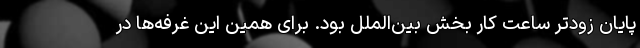
پایان زودتر ساعت کار بخش بین‌الملل بود. برای همین این غرفه‌ها در